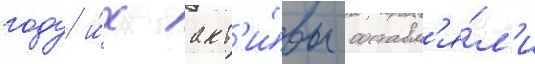
году и́х акт'и́вы составл'я́л'и